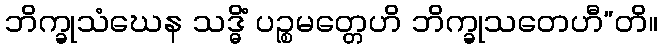
ဘိက္ခုသံဃေန သဒ္ဓိံ ပဉ္စမတ္တေဟိ ဘိက္ခုသတေဟီ”တိ။